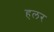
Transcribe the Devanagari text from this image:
हलर